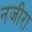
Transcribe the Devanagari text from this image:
नजीरा